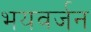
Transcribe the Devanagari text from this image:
भयवर्जन